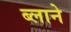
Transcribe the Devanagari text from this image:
ब्लाने